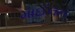
માઈલન